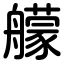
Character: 艨